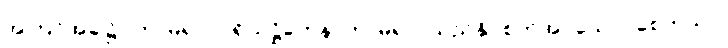
အကြင်အခါ၌။ ကာမရာဂပရိယုဋ္ဌိတေန၊ ကာမရာဂသည်နှိပ်စက်အပ်သော။ စေတသာ၊